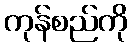
ကုန်စည်ကို